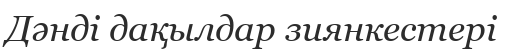
Дәнді дақылдар зиянкестері